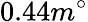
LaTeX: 0.44m^{\circ}